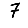
Digit: 7